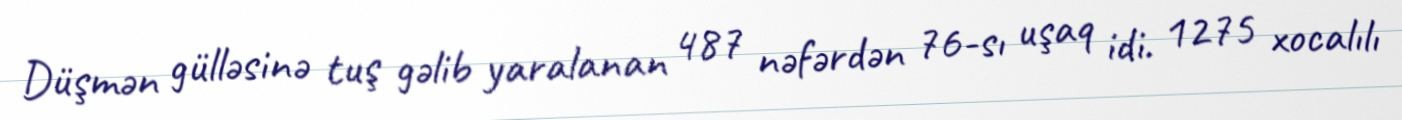
Düşmən gülləsinə tuş gəlib yaralanan 487 nəfərdən 76-sı uşaq idi. 1275 xocalılı